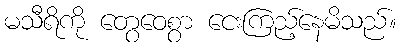
မသီရိကို တွေဝေစွာ ငေးကြည့်နေမိသည်။